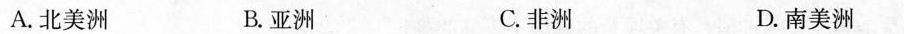
A.北美洲 B.亚洲 C.非洲 D.南美洲